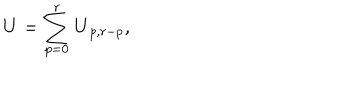
LaTeX: \mathbf { U } = \sum _ { p = 0 } ^ { r } \mathbf { U } _ { p , r - p } ,